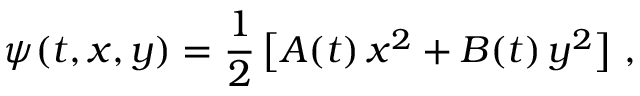
\psi ( t , x , y ) = \frac 1 2 \, \big [ A ( t ) \, x ^ { 2 } + B ( t ) \, y ^ { 2 } \big ] \ ,